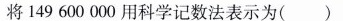
将149 600 000 用科学记数法表示为()